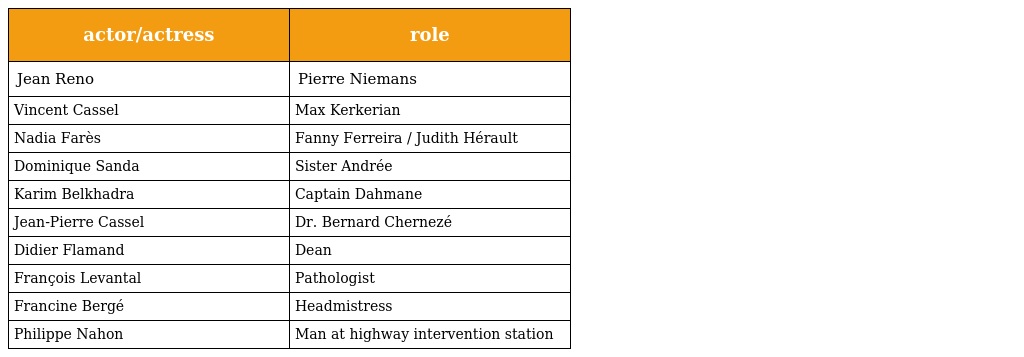
| actor/actress | role |
 | --- | --- |
 | Jean Reno | Pierre Niemans |
 | Vincent Cassel | Max Kerkerian |
 | Nadia Farès | Fanny Ferreira / Judith Hérault |
 | Dominique Sanda | Sister Andrée |
 | Karim Belkhadra | Captain Dahmane |
 | Jean-Pierre Cassel | Dr. Bernard Chernezé |
 | Didier Flamand | Dean |
 | François Levantal | Pathologist |
 | Francine Bergé | Headmistress |
 | Philippe Nahon | Man at highway intervention station |